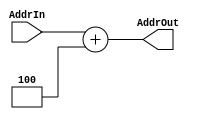
module Adder
(
    input   [31:0]  AddrIn,
    output  [31:0]  AddrOut
);

    assign AddrOut = AddrIn + 32'd 4;

endmodule